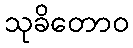
သုခိတောဝ